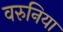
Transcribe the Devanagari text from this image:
वरुनिया